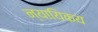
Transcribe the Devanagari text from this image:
न्यायिकय